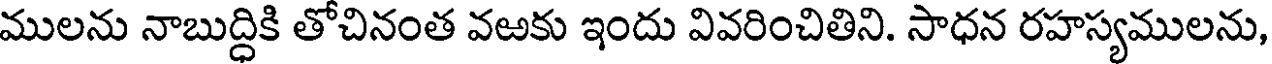
ములను నాబుద్ధికి తోచినంత వఱకు ఇందు వివరించితిని. సాధన రహస్యములను,